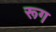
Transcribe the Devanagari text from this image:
रूग